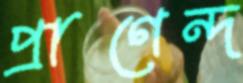
প্রাণেন্দ